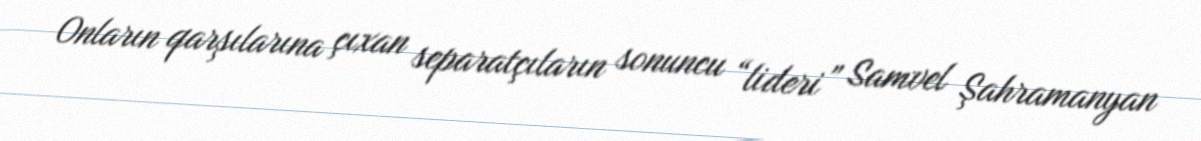
Onların qarşılarına çıxan separatçıların sonuncu “lideri” Samvel Şahramanyan